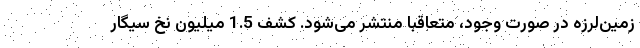
زمین‌لرزه در صورت وجود، متعاقبا منتشر می‌شود. کشف 1.5 میلیون نخ سیگار